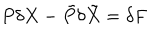
P \delta X - \tilde { P } \delta { \tilde { X } } = \delta F